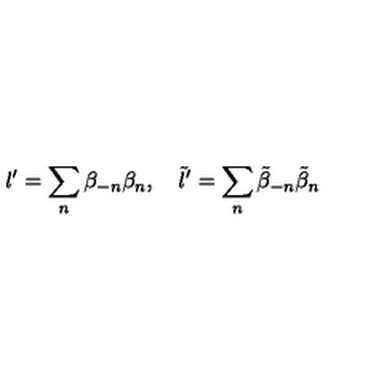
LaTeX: l ^ { \prime } = \sum _ { n } \beta _ { - n } \beta _ { n } , \quad \tilde { l } ^ { \prime } = \sum _ { n } \tilde { \beta } _ { - n } \tilde { \beta } _ { n }